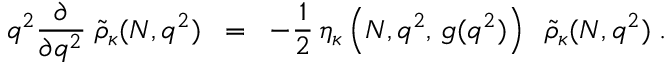
q ^ { 2 } \frac { \partial } { \partial q ^ { 2 } } \; \widetilde { \rho } _ { \kappa } ( N , q ^ { 2 } ) \; \; = \; \; - \frac { 1 } { 2 } \, \eta _ { \kappa } \left( N , q ^ { 2 } , \, g ( q ^ { 2 } ) \right) \; \; \widetilde { \rho } _ { \kappa } ( N , q ^ { 2 } ) \; .